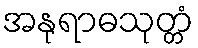
အနုရာဓသုတ္တံ